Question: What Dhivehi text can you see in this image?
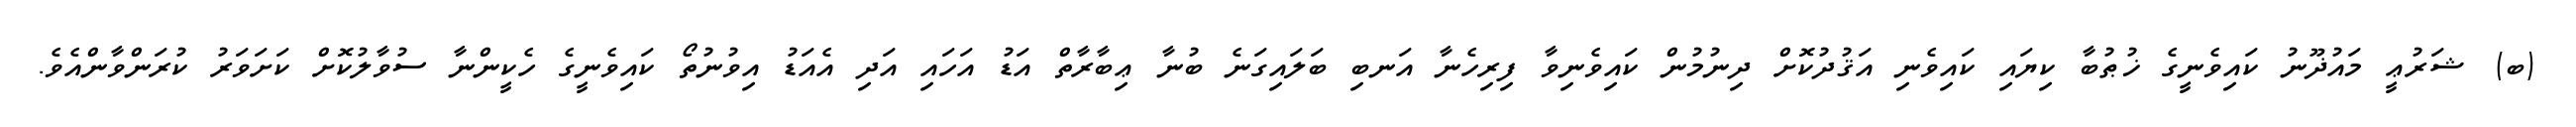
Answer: (ބ) ޝަރުޢީ މައުޛޫނު ކައިވެނީގެ ޚުޠުބާ ކިޔައި ކައިވެނި އަޤުދުކޮށް ދިނުމުން ކައިވެނިވާ ފިރިހެނާ އަނބި ބަލައިގަނެ ބުނާ ޢިބާރާތް އަޑު އަހައި އަދި އެއަޑު އިވުނުތޯ ކައިވެނީގެ ހެކީންނާ ސުވާލުކޮށް ކަށަވަރު ކުރަންވާންއެވެ.